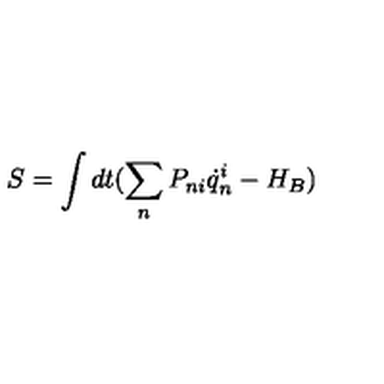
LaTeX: S = \int d t ( \sum _ { n } P _ { n i } \dot { q } _ { n } ^ { i } - H _ { B } )